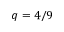
q = 4 / 9